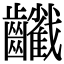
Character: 𪙻